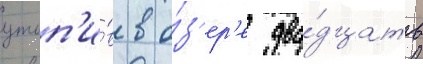
утоп'и́в в о́з'ер'е два́дцать